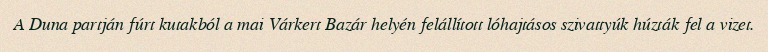
A Duna partján fúrt kutakból a mai Várkert Bazár helyén felállított lóhajtásos szivattyúk húzták fel a vizet.